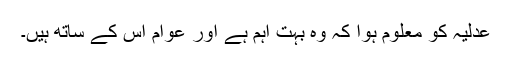
عدلیہ کو معلوم ہوا کہ وہ بہت اہم ہے اور عوام اس کے ساتھ ہیں۔